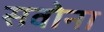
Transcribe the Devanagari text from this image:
सवोना